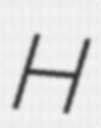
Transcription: H